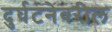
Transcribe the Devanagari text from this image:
दुर्घटनेवरील